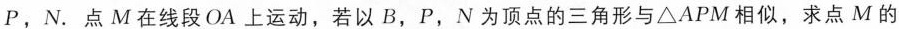
P，N. 点M在线段OA上运动，若以B，P，N为顶点的三角形与\triangle APM相似，求点M的